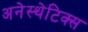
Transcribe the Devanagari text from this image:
अनेस्थेटिक्स